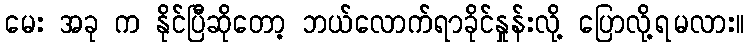
မေး အခု က နိုင်ပြီဆိုတော့ ဘယ်လောက်ရာခိုင်နှုန်းလို့ ပြောလို့ရမလား။